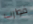
قوارب